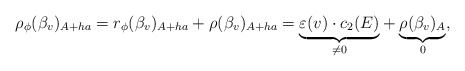
\begin{gather*}\rho_{\phi}(\beta_v)_{A+ha} = r_{\phi}(\beta_v)_{A+ha} +\rho (\beta_v)_{A+ha} = \underset{\neq0}{\underbrace{\varepsilon (v) \cdot c_{2}(E)}} + \underset{0}{\underbrace{\rho(\beta_v)_{A}}},\end{gather*}